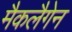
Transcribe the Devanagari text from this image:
मैकलैगेन